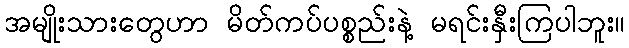
အမျိုးသားတွေဟာ မိတ်ကပ်ပစ္စည်းနဲ့ မရင်းနှီးကြပါဘူး။